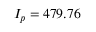
I _ { p } = 4 7 9 . 7 6